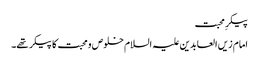
پیکرِ محبت
امام زیں العابدین علیہ السلام خلوص و محبت کا پیکر تھے۔